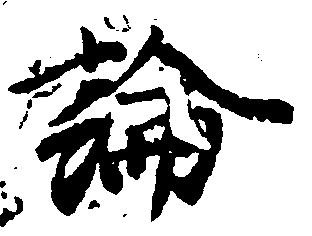
論